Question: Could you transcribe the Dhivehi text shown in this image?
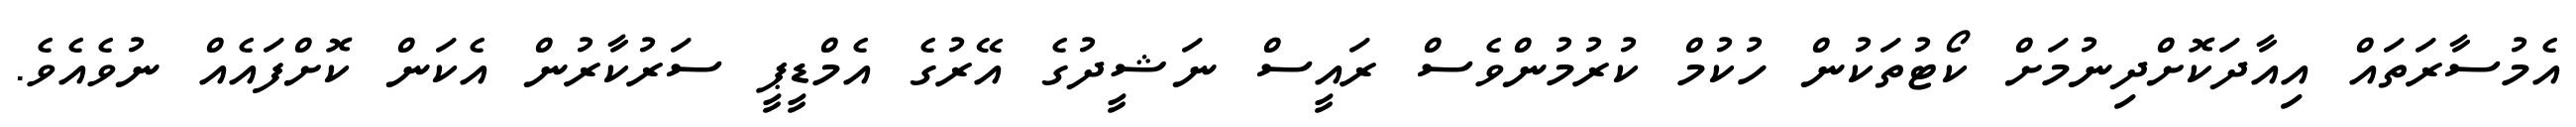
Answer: އެމުސާރަތައް އިއާދަކޮށްދިނުމަށް ކޯޓުތަކުން ހުކުމް ކުރުމުންވެސް ރައީސް ނަޝީދުގެ އޭރުގެ އެމްޑީޕީ ސަރުކާރުން އެކަން ކޮށްފައެއް ނުވެއެވެ.